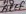
Text: AREF